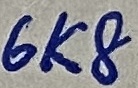
Text: 6K8